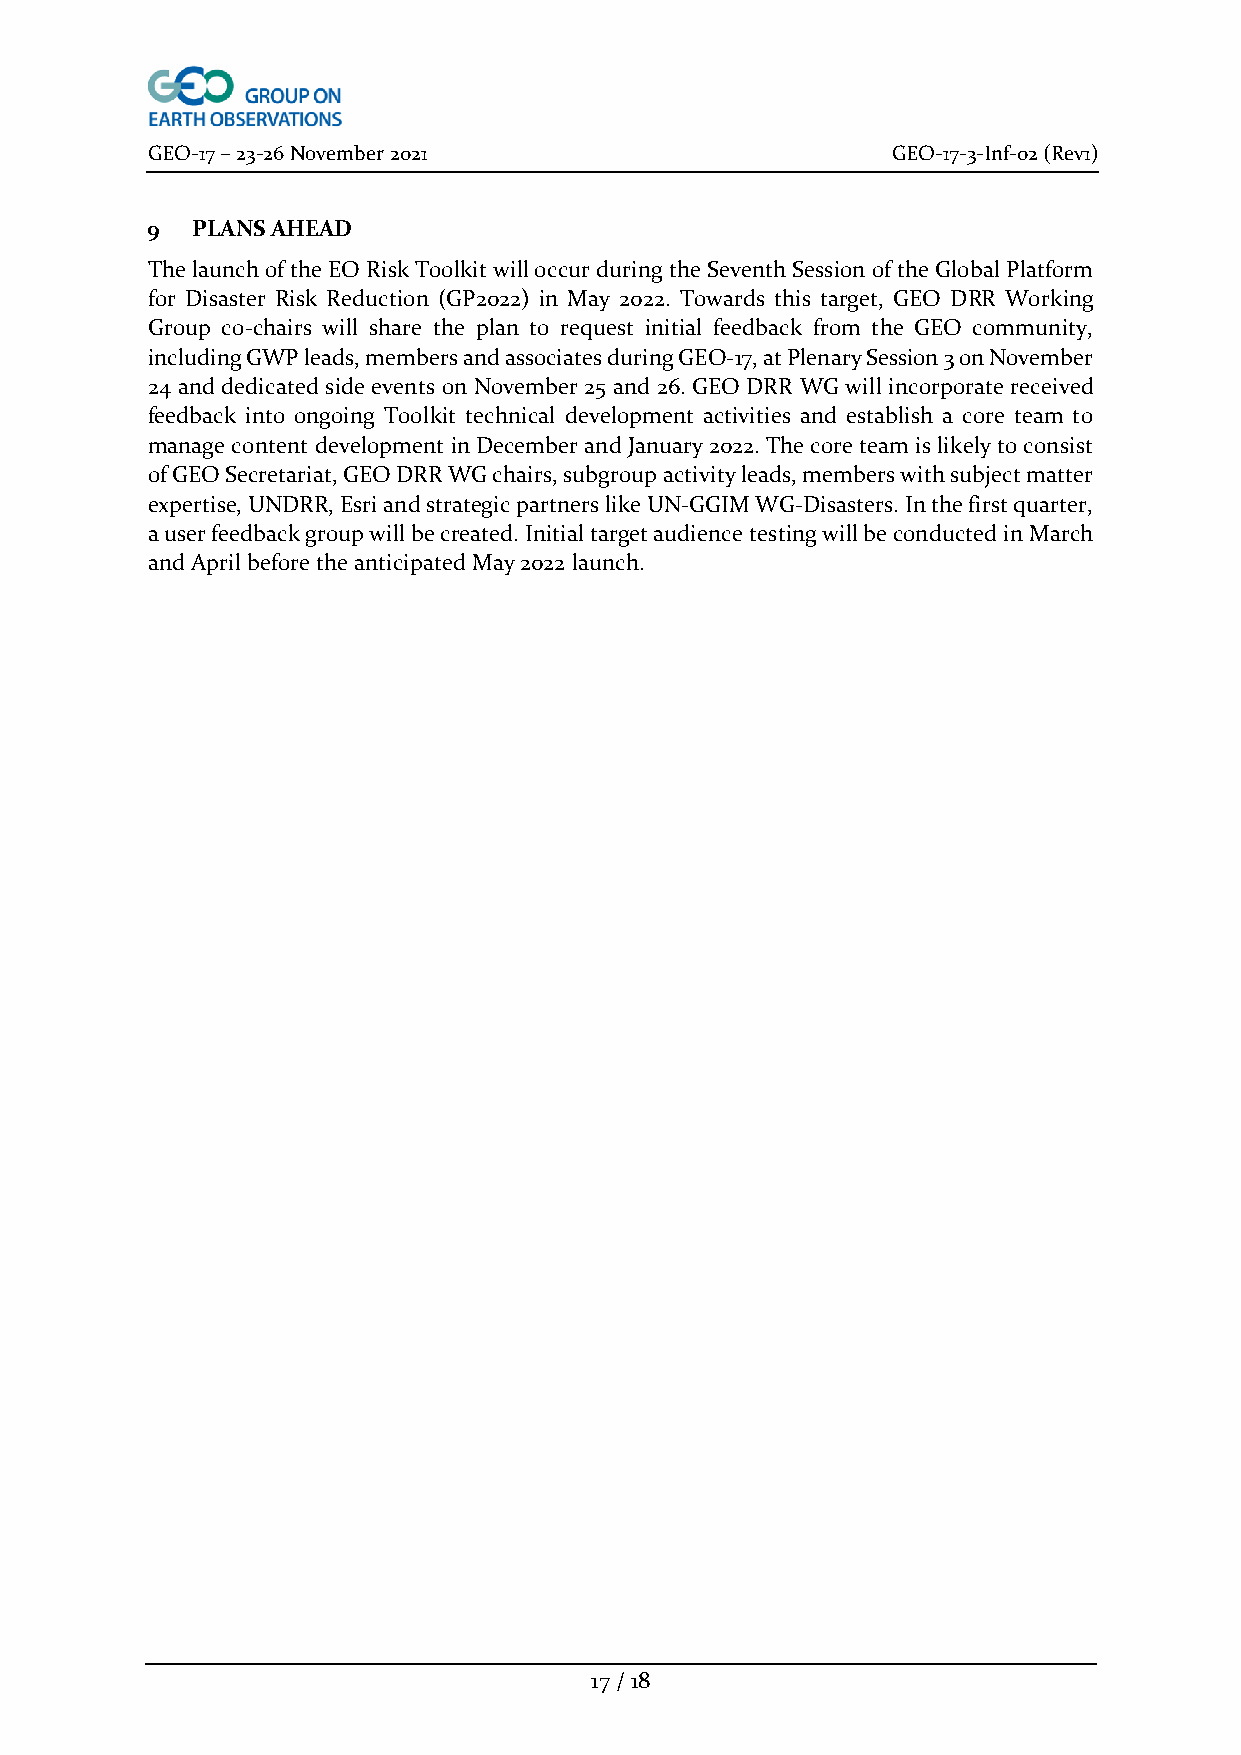
GEO-17 – 23-26 November 2021                     GEO-17-3-Inf-02 (Rev1)
 9  PLANS AHEAD
 The launch of the EO Risk Toolkit will occur during the Seventh Session of the Global Platform
 for Disaster Risk Reduction (GP2022) in May 2022. Towards this target, GEO DRR Working
 Group co-chairs will share the plan to request initial feedback from the GEO community,
 including GWP leads, members and associates during GEO-17, at Plenary Session 3 on November
 24 and dedicated side events on November 25 and 26. GEO DRR WG will incorporate received
 feedback into ongoing Toolkit technical development activities and establish a core team to
 manage content development in December and January 2022. The core team is likely to consist
 of GEO Secretariat, GEO DRR WG chairs, subgroup activity leads, members with subject matter
 expertise, UNDRR, Esri and strategic partners like UN-GGIM WG-Disasters. In the first quarter,
 a user feedback group will be created. Initial target audience testing will be conducted in March
 and April before the anticipated May 2022 launch.
 17 / 18